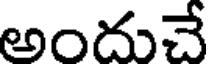
అందుచే